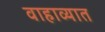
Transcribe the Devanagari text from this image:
वाहाव्यात